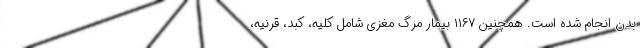
بدن انجام شده است. همچنین ۱۱۶۷ بیمار مرگ مغزی شامل کلیه، کبد، قرنیه،